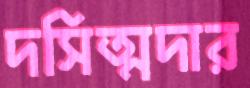
দসিত্মদার